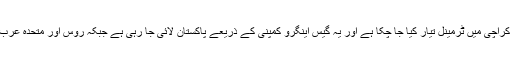
پاکستان قطر سے 200 ایم ایم سی ایف ڈی گیس خریدے گا جس کیلئے کراچی میں ٹرمینل تیار کیا جا چکا ہے اور یہ گیس اینگرو کمپنی کے ذریعے پاکستان لائی جا رہی ہے جبکہ روس اور متحدہ عرب امارات کی 2 کمپنیوں کی ساتھ بھی حکومت کے مذاکرات جاری ہیں۔